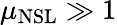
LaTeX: \mu_{\mathrm{NSL}}\gg 1